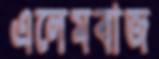
এলেমবাজ